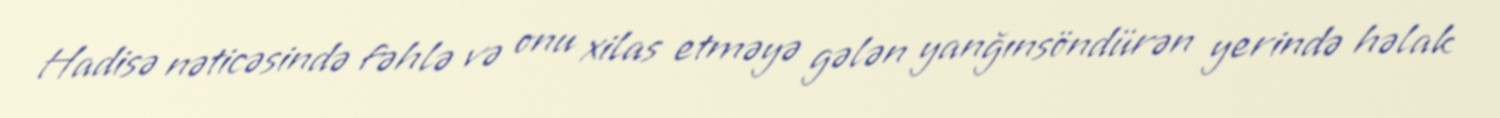
Hadisə nəticəsində fəhlə və onu xilas etməyə gələn yanğınsöndürən yerində həlak